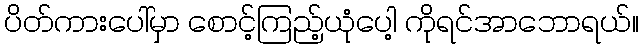
ပိတ်ကားပေါ်မှာ စောင့်ကြည့်ယုံပေါ့ ကိုရင်အာဘောရယ်။